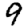
Digit: 9